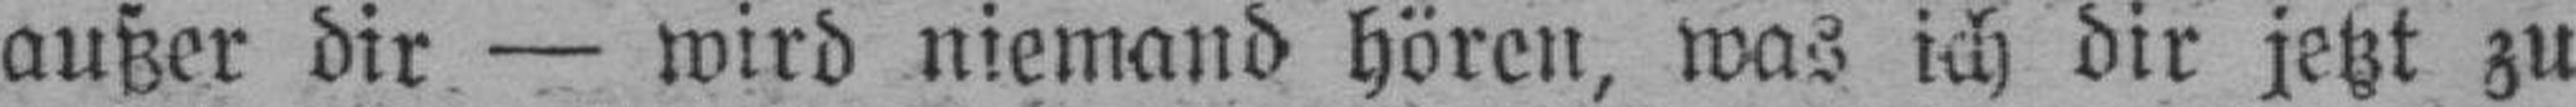
außer dir — wird niemand hören, was ich dir jetzt zu